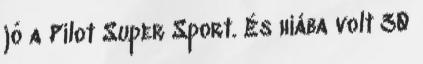
jó a Pilot Super Sport. És hiába volt 30